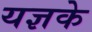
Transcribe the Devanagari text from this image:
यज्ञके